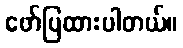
ဖော်ပြထားပါတယ်။